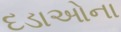
દડાઓના